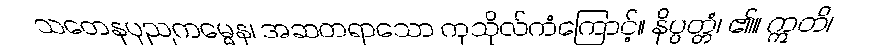
သတေနပုညကမ္မေန၊ အဆတရာသော ကုသိုလ်ကံကြောင့်။ နိပ္ပတ္တံ၊ ၏။ ဣတိ၊